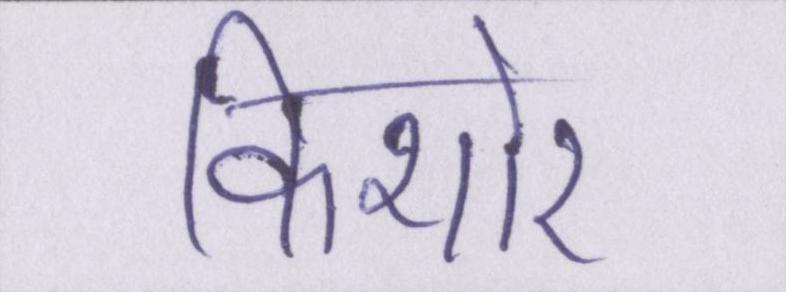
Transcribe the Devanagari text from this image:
किशोर